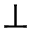
\perp